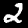
Digit: 2